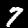
Digit: 7